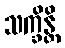
သက္ခိန္တိ